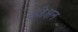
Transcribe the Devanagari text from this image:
इंजेक्षन